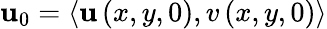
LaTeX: \boldsymbol{\mathbf{u}}_{0}=\left<\mathbf{u}\left(x,y,0\right),v\left(x,y,0\right)\right>